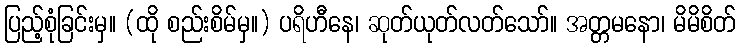
ပြည့်စုံခြင်းမှ။ (ထို စည်းစိမ်မှ။) ပရိဟီနေ၊ ဆုတ်ယုတ်လတ်သော်။ အတ္တမနော၊ မိမိစိတ်